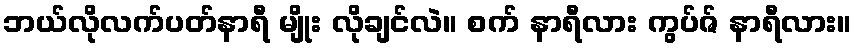
ဘယ်လိုလက်ပတ်နာရီ မျိုး လိုချင်လဲ။ စက် နာရီလား ကွပ်ဇ် နာရီလား။